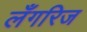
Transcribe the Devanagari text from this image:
लँगरिज